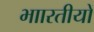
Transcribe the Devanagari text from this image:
भाारतीयों